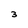
Character: 3